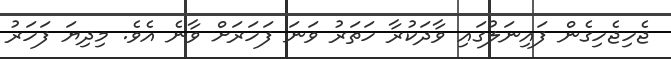
ޖެހިޖެހިގެން ފައިނަލުގައި ވާދަކުރާ ހަތަރު ވަނަ ފަހަރަށް ވާނެ އެވެ. މިދިޔަ ފަހަރު